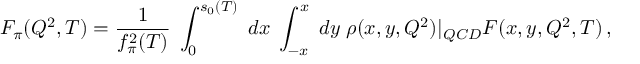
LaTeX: F _ { \pi } ( Q ^ { 2 } , T ) = \frac { 1 } { f _ { \pi } ^ { 2 } ( T ) } \; \int _ { 0 } ^ { s _ { 0 } ( T ) } \; d x \; \int _ { - x } ^ { x } \; d y \; \rho ( x , y , Q ^ { 2 } ) | _ { Q C D } F ( x , y , Q ^ { 2 } , T ) \, ,